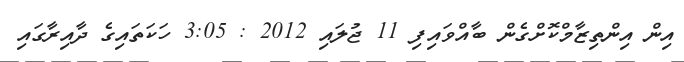
އިން އިންތިޒާމްކޮށްގެން ބާއްވައިފި 11 ޖުލައި 2012 : 3:05 ހަކަތައިގެ ދާއިރާގައި